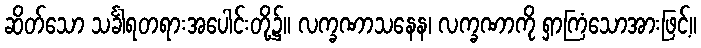
ဆိတ်သော သင်္ခါရတရားအပေါင်းတို့၌။ လက္ခဏာသနေန၊ လက္ခဏာကို ရှာကြံသောအားဖြင့်။